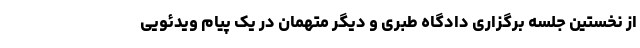
از نخستین جلسه برگزاری دادگاه طبری و دیگر متهمان در یک پیام ویدئویی